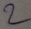
Text: 2